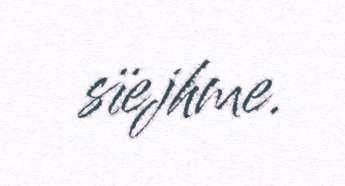
sïejhme.